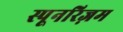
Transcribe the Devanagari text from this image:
स्पूनरिज़म